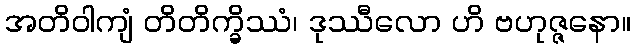
အတိဝါကျံ တိတိက္ခိဿံ၊ ဒုဿီလော ဟိ ဗဟုဇ္ဇနော။